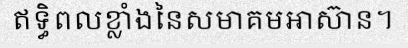
ឥទ្ធិពលខ្លាំងនៃសមាគមអាស៊ាន។